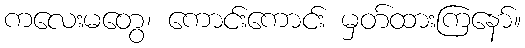
ကလေးမတွေ၊ ကောင်းကောင်း မှတ်ထားကြနော်။